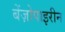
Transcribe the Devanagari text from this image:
बेंज़ोपाइरीन